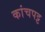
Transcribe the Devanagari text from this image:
कांचपट्ट